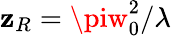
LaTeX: \mathbf{z}_{R}=\piw_{0}^{2}/\lambda